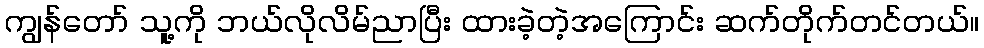
ကျွန်တော် သူ့ကို ဘယ်လိုလိမ်ညာပြီး ထားခဲ့တဲ့အကြောင်း ဆက်တိုက်တင်တယ်။